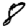
Digit: 8